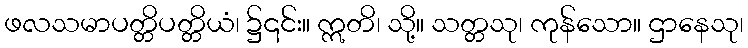
ဖလသမာပတ္တိပတ္တိယံ၊ ၌၎င်း။ ဣတိ၊ သို့။ သတ္တသု၊ ကုန်သော။ ဌာနေသု၊